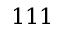
1 1 1